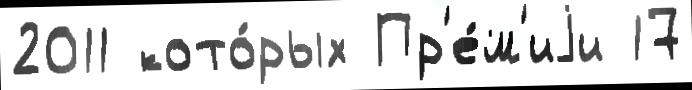
2011 кото́рых Пр'е́м'иjи 17